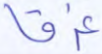
غرقا